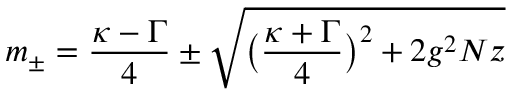
m _ { \pm } = \frac { \kappa - \Gamma } { 4 } \pm \sqrt { \big ( \frac { \kappa + \Gamma } { 4 } \big ) ^ { 2 } + 2 g ^ { 2 } N z }